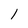
Character: l